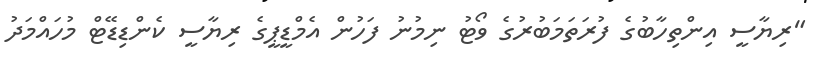
"ރިޔާސީ އިންތިހާބުގެ ފުރަތަމަބުރުގެ ވޯޓު ނިމުނު ފަހުން އެމްޑީޕީގެ ރިޔާސީ ކެންޑިޑޭޓް މުހައްމަދު